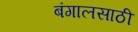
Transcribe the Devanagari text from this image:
बंगालसाठी